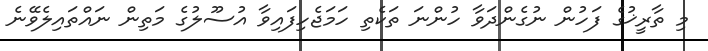
މި ތާރީޚުގެ ފަހުން ނުގެންދަވާ ހުންނަ ތަކެތި ހަމަޖެހިފައިވާ އުސޫލުގެ މަތިން ނައްތައިލެވޭނެ